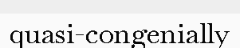
quasi-congenially